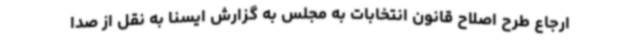
ارجاع طرح اصلاح قانون انتخابات به مجلس به گزارش ایسنا به نقل از صدا